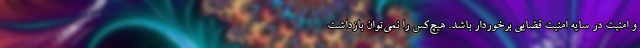
و امنیت در سایه امنیت قضایی برخوردار باشد. هیچ‌کس را نمی‌توان بازداشت